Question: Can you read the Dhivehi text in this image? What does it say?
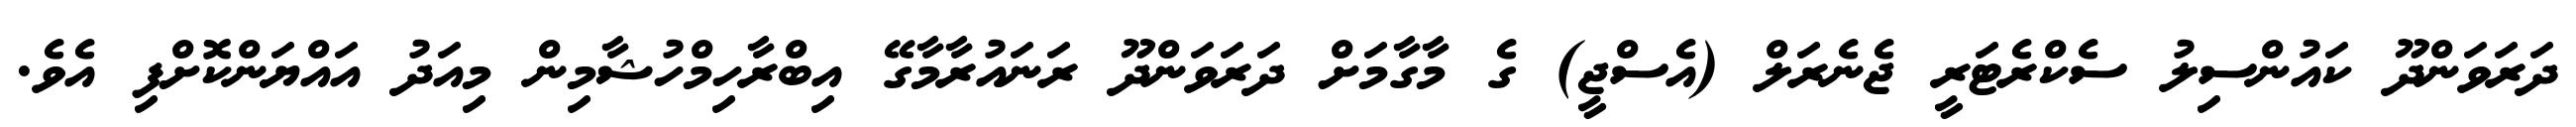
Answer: ދަރަވަންދޫ ކައުންސިލު ސެކްރެޓަރީ ޖެނެރަލް (އެސްޖީ) ގެ މާގާމަށް ދަރަވަންދޫ ރަނައުރާމާގޭ އިބްރާހިމްހުޝާމިން މިއަދު އައްޔަންކޮށްފި އެވެ.